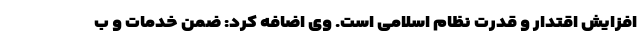
افزایش اقتدار و قدرت نظام اسلامی است. وی اضافه کرد: ضمن خدمات و ب